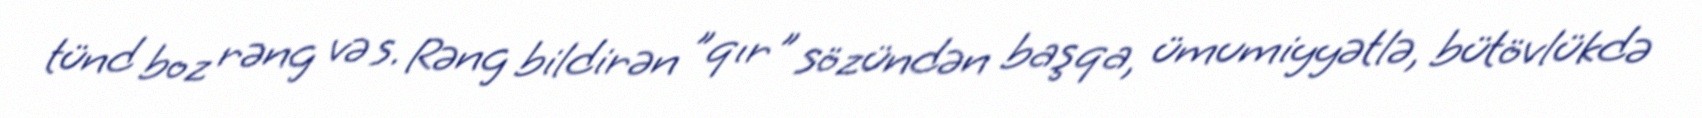
tünd boz rəng və s. Rəng bildirən "qır" sözündən başqa, ümumiyyətlə, bütövlükdə